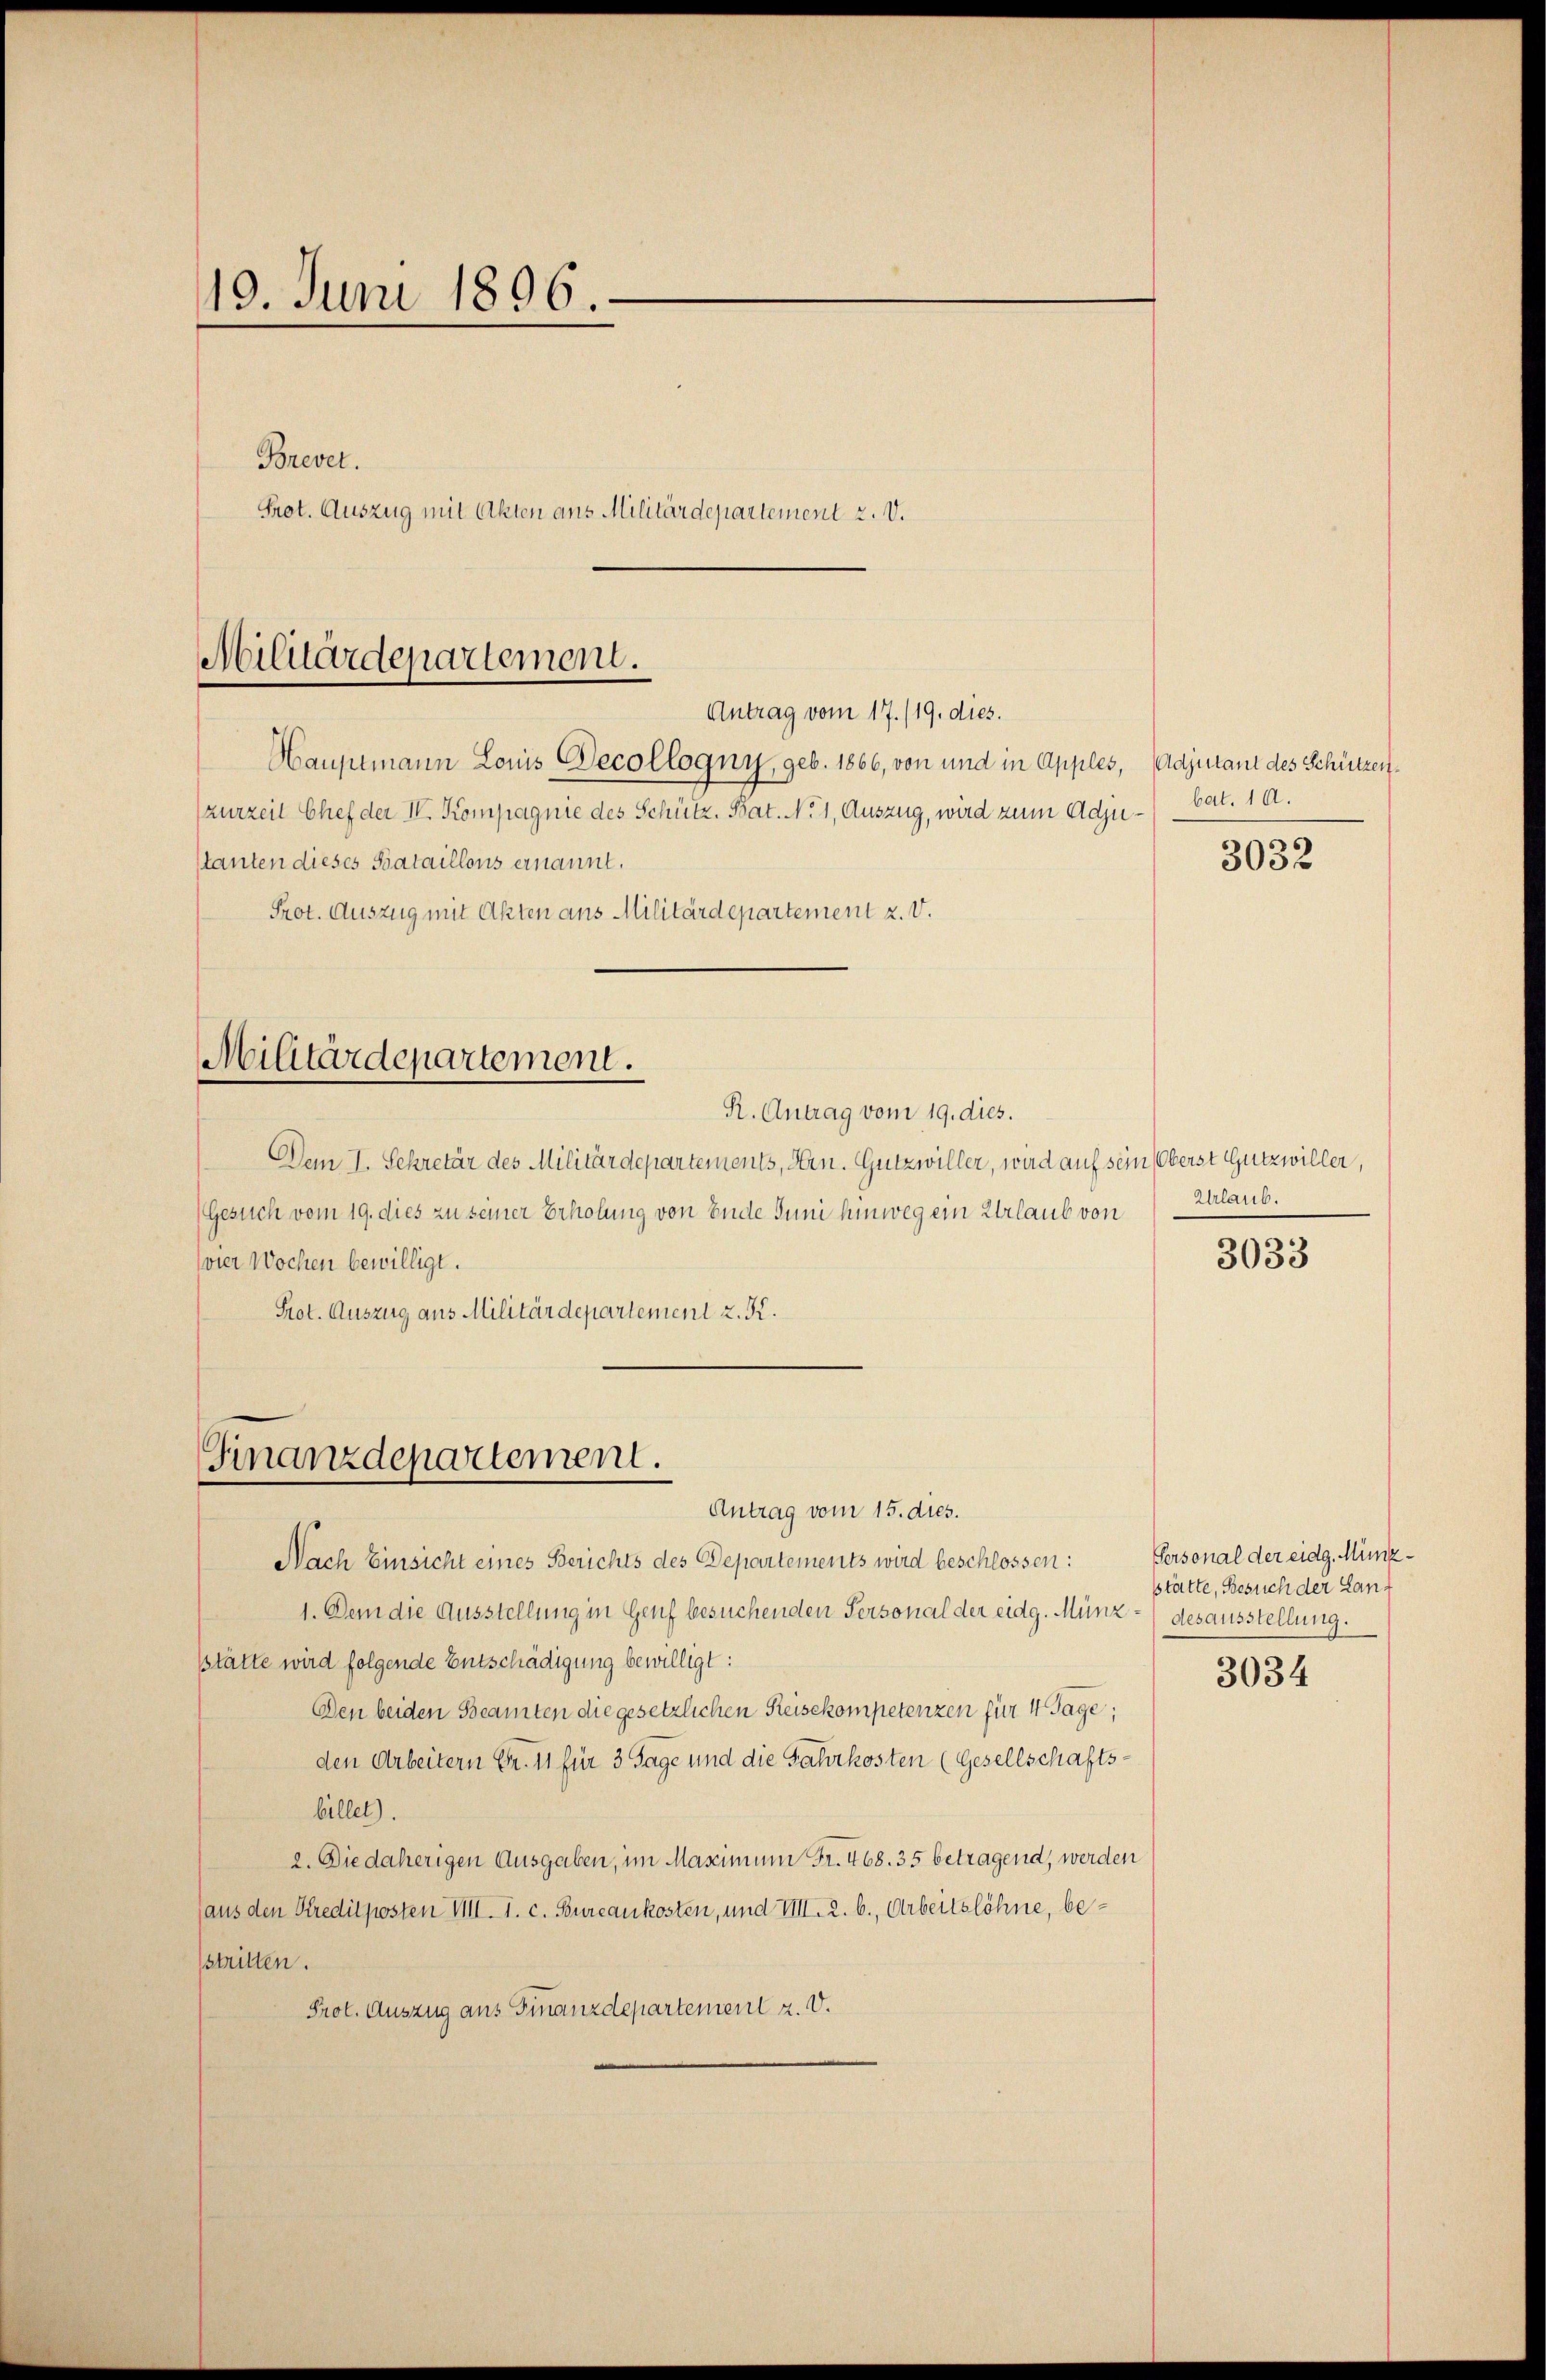
19. Juni 1896.

Brevet.
Prot. Auszug mit Akten ans Militärdepartement 2. V.

Militärdepartement.
Antrag vom 17./19. dies.

Hauptmann Louis Oecollogny, geb. 1866, von und in Apples, Adjutant des Schützenzurzeit Chef der IV. Kompagnie des Schütz, Bat. No 1, Auszug, wird zum Adjustanten dieses Bataillons ernannt.
Prot. Auszug mit Akten aus Militärdepartement z. v.

Militärdepartement.

R. Antrag vom 19. dies.
Dem I. Sekretär des Militärdepartements, Hrn. Gutzwiller, wird auf sein (Oberst Gutzwiller,
Gesuch vom 19. dies zu seiner Erholung von Ende Juni hinweg ein Urlaub von
vier Wochen bewilligt.
Prot. Auszug aus Militärdepartement z. K.

Finanzdepartement.
Antrag vom 15. dies.

bat. 10.

Nach Einsicht eines Berichts des Departements wird beschlossen:
1. Dem die Ausstellung in Genf besuchenden Personal der eidg. Münz- (desausstellung.
stätte wird folgende Entschädigung bewilligt:
Den beiden Beamten die gesetzlichen Reisekompetenzen für 4 Tage,
den Arbeitern Fr. 11 für 3 Tage und die Fahrkosten (Gesellschaftsbillet).
2. Die daherigen Ausgaben, im Massimum Fr. 468. 35 betragend, werden
aus den Kreditposten VII. 1. c. Bureaukosten, und VIII. 2. b., Arbeitslöhne, bestillen.
Prot. Auszug aus Finanzdepartement z. d.

3032

Urlaub.

3033

Personal der eidg. Münzstätte, Besuch der Lanz

3034